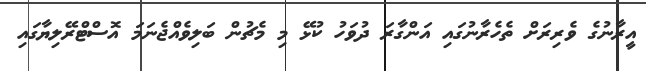
އީރާނުގެ ވެރިރަށް ތެހެރާނުގައި އަންގާރަ ދުވަހު ކުޅޭ މި މެޗުން ބަލިވެއްޖެނަމަ އޮސްޓްރޭލިޔާގައި